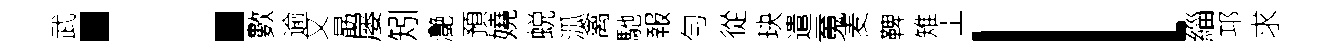
武：數逾又勗屡矧灔預嬈蜕泒禽馳報勻從玦遣䰟麦鞞雉丄l緇邛求